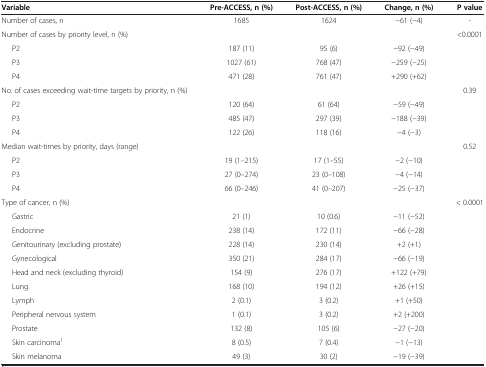
<table><thead><tr><td><b>Variable</b></td><td><b>Pre-ACCESS, n (%)</b></td><td><b>Post-ACCESS, n (%)</b></td><td><b>Change, n (%)</b></td><td><b>P value</b></td></tr></thead><tbody><tr><td>Number of cases, n</td><td>1685</td><td>1624</td><td>-61 (-4)</td><td>-</td></tr><tr><td>Number of cases by priority level, n (%)</td><td> </td><td> </td><td> </td><td>&lt;0.0001</td></tr><tr><td>P2</td><td>187 (11)</td><td>95 (6)</td><td>-92 (-49)</td><td> </td></tr><tr><td>P3</td><td>1027 (61)</td><td>768 (47)</td><td>-259 (-25)</td><td> </td></tr><tr><td>P4</td><td>471 (28)</td><td>761 (47)</td><td>+290 (+62)</td><td> </td></tr><tr><td>No. of cases exceeding wait-time targets by priority, n (%)</td><td> </td><td> </td><td> </td><td>0.39</td></tr><tr><td>P2</td><td>120 (64)</td><td>61 (64)</td><td>-59 (-49)</td><td> </td></tr><tr><td>P3</td><td>485 (47)</td><td>297 (39)</td><td>-188 (-39)</td><td> </td></tr><tr><td>P4</td><td>122 (26)</td><td>118 (16)</td><td>-4 (-3)</td><td> </td></tr><tr><td>Median wait-times by priority, days (range)</td><td> </td><td> </td><td> </td><td>0.52</td></tr><tr><td>P2</td><td>19 (1–215)</td><td>17 (1–55)</td><td>-2 (-10)</td><td> </td></tr><tr><td>P3</td><td>27 (0–274)</td><td>23 (0–108)</td><td>-4 (-14)</td><td> </td></tr><tr><td>P4</td><td>66 (0–246)</td><td>41 (0–207)</td><td>-25 (-37)</td><td> </td></tr><tr><td>Type of cancer, n (%)</td><td> </td><td> </td><td> </td><td>&lt; 0.0001</td></tr><tr><td>Gastric</td><td>21 (1)</td><td>10 (0.6)</td><td>-11 (-52)</td><td> </td></tr><tr><td>Endocrine</td><td>238 (14)</td><td>172 (11)</td><td>-66 (-28)</td><td> </td></tr><tr><td>Genitourinary (excluding prostate)</td><td>228 (14)</td><td>230 (14)</td><td>+2 (+1)</td><td> </td></tr><tr><td>Gynecological</td><td>350 (21)</td><td>284 (17)</td><td>-66 (-19)</td><td> </td></tr><tr><td>Head and neck (excluding thyroid)</td><td>154 (9)</td><td>276 (17)</td><td>+122 (+79)</td><td> </td></tr><tr><td>Lung</td><td>168 (10)</td><td>194 (12)</td><td>+26 (+15)</td><td> </td></tr><tr><td>Lymph</td><td>2 (0.1)</td><td>3 (0.2)</td><td>+1 (+50)</td><td> </td></tr><tr><td>Peripheral nervous system</td><td>1 (0.1)</td><td>3 (0.2)</td><td>+2 (+200)</td><td> </td></tr><tr><td>Prostate</td><td>132 (8)</td><td>105 (6)</td><td>-27 (-20)</td><td> </td></tr><tr><td>Skin carcinoma<sup>1</sup></td><td>8 (0.5)</td><td>7 (0.4)</td><td>-1 (-13)</td><td> </td></tr><tr><td>Skin melanoma</td><td>49 (3)</td><td>30 (2)</td><td>-19 (-39)</td><td> </td></tr></tbody></table>